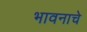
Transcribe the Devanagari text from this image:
भावनाचे